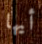
أيها